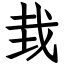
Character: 㦳